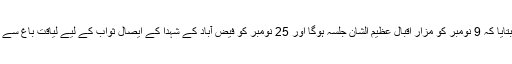
نئے اعلان میں انھوں نے بتایا کہ 9 نومبر کو مزار اقبال عظیم الشان جلسہ ہوگا اور 25 نومبر کو فیض آباد کے شہدا کے ایصال ثواب کے لیے لیاقت باغ سے فیض آباد تک مارچ ہو گا۔